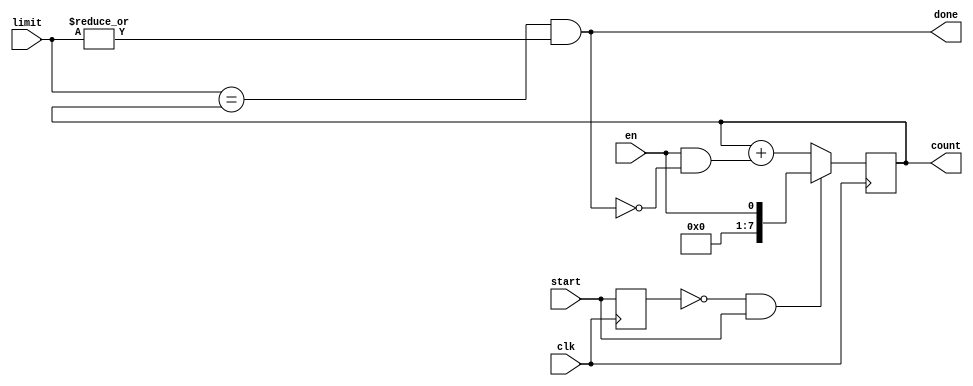
/* ----------------------------------------- *
 * Title       : Counters                    *
 * Project     : Verilog Utility Modules     *
 * ----------------------------------------- *
 * Last Edit   : 23/11/2020                  *
 * Licence     : CERN-OHL-W                  *
 * ----------------------------------------- *
 * Description : Collection of counters      *
 * ----------------------------------------- */

 /* ------------------------------------------------------ *
  + General working principles:                            +
  + Count up to limit (if limit is 0 count indefinitly)    +
  + Only count up when enabled and not done                +
  + Keep start high for one cycle to start counting        +
  + (counters should be disabled)                          +
  * ------------------------------------------------------ */

module counter_p#(parameter COUNTER_WIDTH = 8)(clk, start, en, done, count, limit);
  input clk, en, start; 
  input [(COUNTER_WIDTH-1):0] limit;
  output done;
  output reg [(COUNTER_WIDTH-1):0] count;

  reg start_del;
  wire start_edge;

  assign start_edge = ~start_del & start; 
  assign done = (limit == count) & (|limit); //when limit is 0, keep counting

  always@(posedge clk)
    begin
      start_del <= start;
    end
  
   
  always@(posedge clk)
    begin
      if(start_edge)
        begin
          count <= {{(COUNTER_WIDTH-1){1'b0}}, en};
        end
      else
        begin
          count <= count + {{(COUNTER_WIDTH-1){1'b0}},(en & (~done))};
        end
    end 
endmodule//counter parameterised 

module counter8bit(clk, start, en, done, count, limit);
  input clk, en, start; 
  input [7:0] limit;
  output done;
  output reg [7:0] count;

  reg start_del;
  wire start_edge;

  assign start_edge = ~start_del & start; 
  assign done = (limit == count) & (|limit); //when limit is 0, keep counting

  always@(posedge clk)
    begin
      start_del <= start;
    end
   
  always@(posedge clk)
    begin
      if(start_edge)
        begin
          count <= {7'b0, en};
        end
      else
        begin
          count <= count + {7'b0,(en & (~done))};
        end
    end 
endmodule//counter8bit

module counter16bit(clk, start, en, done, count, limit);
  input clk, en, start; 
  input [15:0] limit;
  output done;
  output reg [15:0] count;
  
  reg start_del;
  wire start_edge;

  assign start_edge = ~start_del & start; 
  assign done = (limit == count) & (|limit); //when limit is 0, keep counting

  always@(posedge clk)
    begin
      start_del <= start;
    end
   
  always@(posedge clk)
    begin
      if(start_edge)
        begin
          count <= {15'b0, en};
        end
      else
        begin
          count <= count + {15'b0,(en & (~done))};
        end
    end 
endmodule//counter16bit

module counter32bit(clk, start, en, done, count, limit);
  input clk, en, start; 
  input [31:0] limit;
  output done;
  output reg [31:0] count;
  
  reg start_del;
  wire start_edge;

  assign start_edge = ~start_del & start; 
  assign done = (limit == count) & (|limit); //when limit is 0, keep counting

  always@(posedge clk)
    begin
      start_del <= start;
    end
   
  always@(posedge clk)
    begin
      if(start_edge)
        begin
          count <= {31'b0, en};
        end
      else
        begin
          count <= count + {31'b0,(en & (~done))};
        end
    end 
endmodule//counter32bit

module counter64bit(clk, start, en, done, count, limit);
  input clk, en, start; 
  input [63:0] limit;
  output done;
  output reg [63:0] count;

  reg start_del;
  wire start_edge;

  assign start_edge = ~start_del & start; 

  assign done = (limit == count) & (|limit); //when limit is 0, keep counting

  always@(posedge clk)
    begin
      start_del <= start;
    end
   
  always@(posedge clk)
    begin
      if(start_edge)
        begin
          count <= {63'b0, en};
        end
      else
        begin
          count <= count + {63'b0,(en & (~done))};
        end
    end 
endmodule//counter64bit